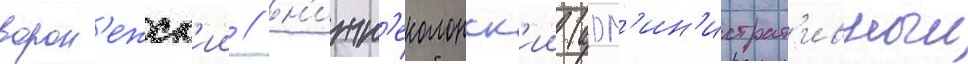
ворон'ежск'ии / н'ижн'еколонск'ии (адм'ин'истрат'ивныи